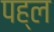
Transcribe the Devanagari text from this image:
पह्ल